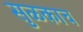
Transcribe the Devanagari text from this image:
सुळकाच